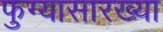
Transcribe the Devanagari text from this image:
फुग्यासारख्या